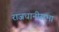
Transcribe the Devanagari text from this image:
राजधानीसभा